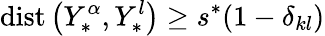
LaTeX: \mathrm{{dist}}\left({Y_{*}^{\alpha}},{Y_{*}^{l}}\right)\geq s^{*}(1-\delta_{kl})